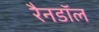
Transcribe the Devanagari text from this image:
रैनडॉल